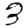
Digit: 3